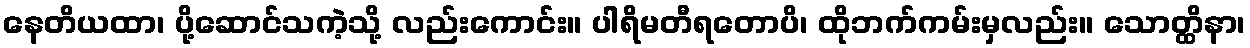
နေတိယထာ၊ ပို့ဆောင်သကဲ့သို့ လည်းကောင်း။ ပါရိမတီရတောပိ၊ ထိုဘက်ကမ်းမှလည်း။ သောတ္ထိနာ၊